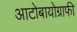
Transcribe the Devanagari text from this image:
आटोबायोग्राफी